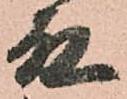
殿